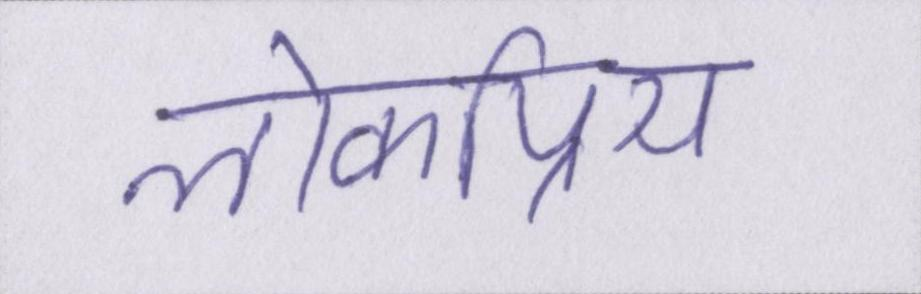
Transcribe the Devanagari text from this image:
लोकप्रिय